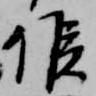
候